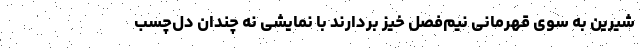
شیرین به سوی قهرمانی نیم‌فصل خیز بردارند با نمایشی نه چندان دل‌چسب